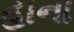
હાના